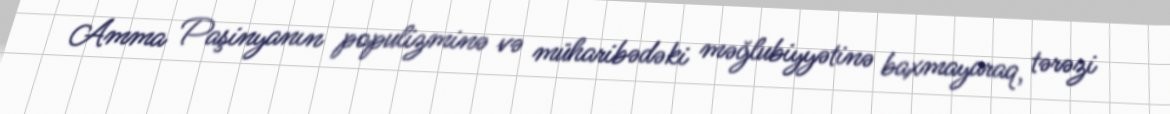
Amma Paşinyanın populizminə və müharibədəki məğlubiyyətinə baxmayaraq, tərəzi